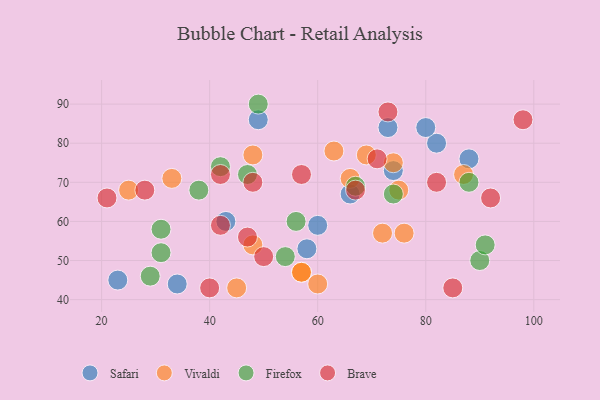
{"axis": {"x": "GDP", "y": "Life Expectancy"}, "legend": ["Brave", "Firefox", "Safari", "Vivaldi"], "data": [{"x": "23", "y": 45, "type": "Safari"}, {"x": "88", "y": 76, "type": "Safari"}, {"x": "43", "y": 60, "type": "Safari"}, {"x": "34", "y": 44, "type": "Safari"}, {"x": "74", "y": 73, "type": "Safari"}, {"x": "66", "y": 67, "type": "Safari"}, {"x": "82", "y": 80, "type": "Safari"}, {"x": "80", "y": 84, "type": "Safari"}, {"x": "60", "y": 59, "type": "Safari"}, {"x": "58", "y": 53, "type": "Safari"}, {"x": "73", "y": 84, "type": "Safari"}, {"x": "49", "y": 86, "type": "Safari"}, {"x": "45", "y": 43, "type": "Vivaldi"}, {"x": "72", "y": 57, "type": "Vivaldi"}, {"x": "48", "y": 77, "type": "Vivaldi"}, {"x": "87", "y": 72, "type": "Vivaldi"}, {"x": "25", "y": 68, "type": "Vivaldi"}, {"x": "63", "y": 78, "type": "Vivaldi"}, {"x": "60", "y": 44, "type": "Vivaldi"}, {"x": "66", "y": 71, "type": "Vivaldi"}, {"x": "33", "y": 71, "type": "Vivaldi"}, {"x": "57", "y": 47, "type": "Vivaldi"}, {"x": "48", "y": 54, "type": "Vivaldi"}, {"x": "74", "y": 75, "type": "Vivaldi"}, {"x": "75", "y": 68, "type": "Vivaldi"}, {"x": "76", "y": 57, "type": "Vivaldi"}, {"x": "69", "y": 77, "type": "Vivaldi"}, {"x": "57", "y": 47, "type": "Vivaldi"}, {"x": "74", "y": 67, "type": "Firefox"}, {"x": "31", "y": 52, "type": "Firefox"}, {"x": "56", "y": 60, "type": "Firefox"}, {"x": "90", "y": 50, "type": "Firefox"}, {"x": "31", "y": 58, "type": "Firefox"}, {"x": "47", "y": 72, "type": "Firefox"}, {"x": "38", "y": 68, "type": "Firefox"}, {"x": "42", "y": 74, "type": "Firefox"}, {"x": "29", "y": 46, "type": "Firefox"}, {"x": "54", "y": 51, "type": "Firefox"}, {"x": "49", "y": 90, "type": "Firefox"}, {"x": "91", "y": 54, "type": "Firefox"}, {"x": "67", "y": 69, "type": "Firefox"}, {"x": "88", "y": 70, "type": "Firefox"}, {"x": "71", "y": 76, "type": "Brave"}, {"x": "85", "y": 43, "type": "Brave"}, {"x": "21", "y": 66, "type": "Brave"}, {"x": "42", "y": 59, "type": "Brave"}, {"x": "98", "y": 86, "type": "Brave"}, {"x": "28", "y": 68, "type": "Brave"}, {"x": "47", "y": 56, "type": "Brave"}, {"x": "73", "y": 88, "type": "Brave"}, {"x": "67", "y": 68, "type": "Brave"}, {"x": "92", "y": 66, "type": "Brave"}, {"x": "57", "y": 72, "type": "Brave"}, {"x": "40", "y": 43, "type": "Brave"}, {"x": "82", "y": 70, "type": "Brave"}, {"x": "50", "y": 51, "type": "Brave"}, {"x": "48", "y": 70, "type": "Brave"}, {"x": "42", "y": 72, "type": "Brave"}]}